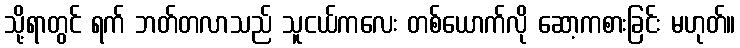
သို့ရာတွင် ရက် ဘတ်တလာသည် သူငယ်ကလေး တစ်ယောက်လို ဆော့ကစားခြင်း မဟုတ်။